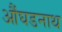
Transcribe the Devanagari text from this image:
औंघडनाथ